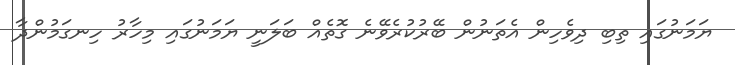
ޔަމަނުގައި ތިބި ދިވެހިން އެތަނުން ބޭރުކުރެވޭނެ ގޮތެއް ބަލަނީ ޔަމަނުގައި މިހާރު ހިނގަމުންދާ